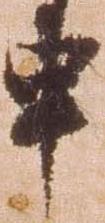
申